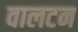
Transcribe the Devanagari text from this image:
वालटन